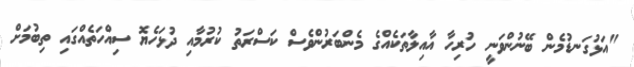
"އަޅުގަނޑުމެން ބޭނުންވަނީ ހުރިހާ އާއިލާތަކެއްގެ މެންބަރުންވެސް ކަސްރަތު ކުރުމާއި ދުޅަހެޔޮ ސިއްހަތެއްގައި ތިބުމަށް